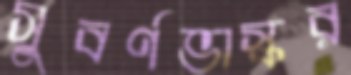
সুবর্ণভাস্কর